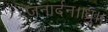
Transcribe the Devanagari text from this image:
जनार्दन।।ध्रु।।